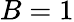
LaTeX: B=1